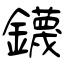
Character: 鑖